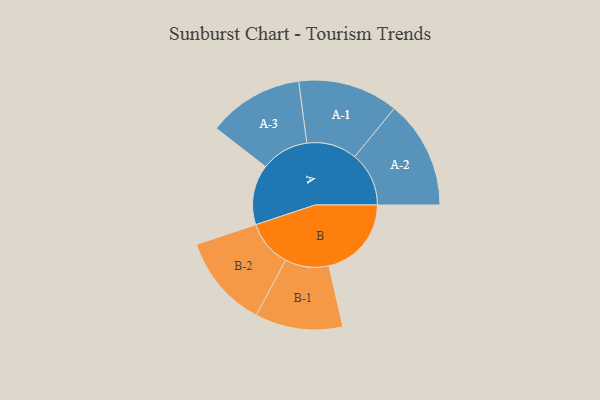
{"axis": {"x": "Segment", "y": "Value"}, "legend": ["", "A", "B"], "data": [{"x": "A", "y": 272, "type": ""}, {"x": "B", "y": 373, "type": ""}, {"x": "A-1", "y": 227, "type": "A"}, {"x": "A-2", "y": 245, "type": "A"}, {"x": "A-3", "y": 216, "type": "A"}, {"x": "B-1", "y": 198, "type": "B"}, {"x": "B-2", "y": 211, "type": "B"}]}